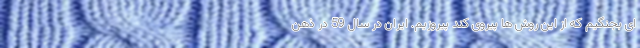
ای بجنگیم که از این روش ها پیروی کند پیروزیم. ایران در سال 59 در ذهن